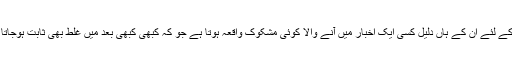
اس کے لئے ان کے ہاں دلیل کسی ایک اخبار میں آنے والا کوئی مشکوک واقعہ ہوتا ہے جو کہ کبھی کبھی بعد میں غلط بھی ثابت ہوجاتا ہے۔